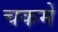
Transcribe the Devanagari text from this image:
चकमें